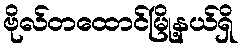
ဗိုလ်တထောင်မြို့နယ်ရှိ